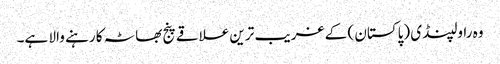
وہ راولپنڈی (پاکستان ) کے غریب ترین علاقے پنج بھاٹہ کا رہنے والا ہے۔